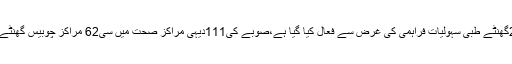
دیہی مراکز صحت کو 24گھنٹے طبی سہولیات فراہمی کی غرض سے فعال کیا گیا ہے،صوبے کی111دیہی مراکز صحت میں سی62 مراکز چوبیس گھنٹے خدمات فراہم کررہے ہیں۔